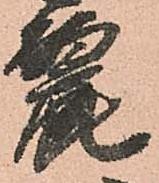
麗